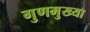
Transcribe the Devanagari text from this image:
गुणमुख्या